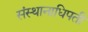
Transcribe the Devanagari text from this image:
संस्थानाधिपती